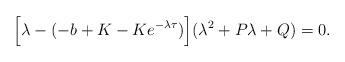
LaTeX: \begin{align*}\Big[\lambda-(-b+K-Ke^{-\lambda\tau})\Big](\lambda^{2}+P\lambda+Q)=0.\end{align*}